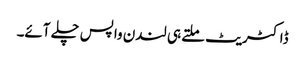
ڈاکٹریٹ ملتے ہی لندن واپس چلے آئے۔